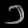
Digit: ၁